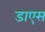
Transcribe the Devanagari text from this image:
डाएस